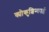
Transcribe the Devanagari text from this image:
क्योकुशिन्काई